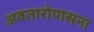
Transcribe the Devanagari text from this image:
अवतारोपासना